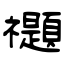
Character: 禵